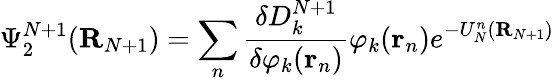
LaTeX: \Psi_{2}^{N+1}({\mathbf R}_{N+1})=\sum_{n}\frac{\delta D_{k}^{N+1}}{\delta\varphi_{k}({\mathbf r}_{n})}\varphi_{k}({\mathbf r}_{n})e^{-U_{N}^{n}({\mathbf R}_{N+1})}